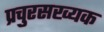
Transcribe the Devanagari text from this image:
प्रचुरसख्यक